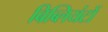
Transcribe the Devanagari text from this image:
बिब्लियंटों